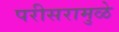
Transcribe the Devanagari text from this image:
परीसरामुळे